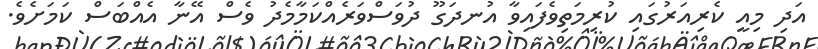
އަދި މިއީ ކެރިއަރުގައި ކުރިމަތިވެފައިވާ އުނދަގޫ ދުވަސްވަރެއްކަމާމެދު ވެސް އޭނާ އެއްބަސް ކަމަށެވެ.